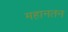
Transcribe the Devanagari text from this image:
महानतन